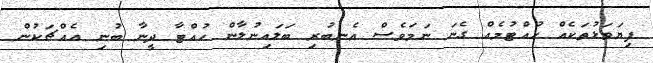
ފިޔަވަޅުތަކެއް ހުއްޓުމެއް ގެނަ ނަމަވެސް އެނބުރި ބަލައިނުލާން ހުއްޓާ ދީނާ ބުނި އެއްޗަކުން